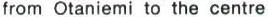
from Otaniemi to the centre